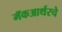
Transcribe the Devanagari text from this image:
मॅकआर्थरचे